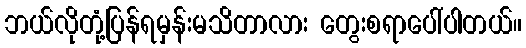
ဘယ်လိုတုံ့ပြန်ရမှန်းမသိတာလား တွေးစရာပေါ်ပါတယ်။